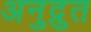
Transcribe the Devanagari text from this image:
अनुद्रुत